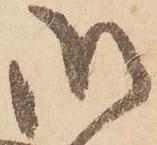
御